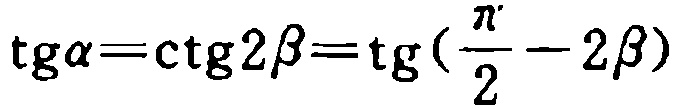
\(\text{tg}\alpha=\text{ctg}2\beta=\text{tg}(\frac{\pi}{2}-2\beta)\)